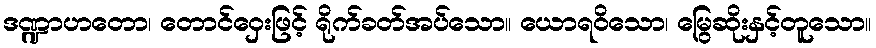
ဒဏ္ဍာဟတော၊ တောင်ဝှေးဖြင့် ရိုက်ခတ်အပ်သော။ ယောရဝိသော၊ မြွေဆိုးနှင့်တူသော။